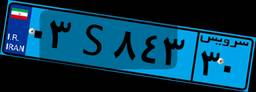
۳۰S۵۱۹۶۵